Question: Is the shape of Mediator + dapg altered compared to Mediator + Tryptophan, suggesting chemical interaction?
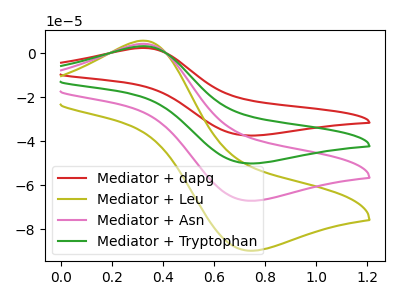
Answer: <think>The red curve "Mediator + dapg" has an anodic peak at (0.35V, 2.35uA) and a cathodic peak at (0.75V, -37.50uA). The olive curve "Mediator + Leu" has an anodic peak at (0.35V, 9.50uA) and a cathodic peak at (0.75V, -150.45uA). The pink curve "Mediator + Asn" has an anodic peak at (0.35V, 6.35uA) and a cathodic peak at (0.75V, -100.30uA). The green curve "Mediator + Tryptophan" has an anodic peak at (0.35V, 3.15uA) and a cathodic peak at (0.75V, -50.15uA).
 All the peaks in "Mediator + dapg" have a peak in "Mediator + Tryptophan" at the same potential. Every peak in "Mediator + dapg" is lower than every peak in "Mediator + Tryptophan".</think>
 <answer>No, "Mediator + dapg" and "Mediator + Tryptophan" don't appear to be significantly different in shape</answer>
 <eval>no_change</eval>